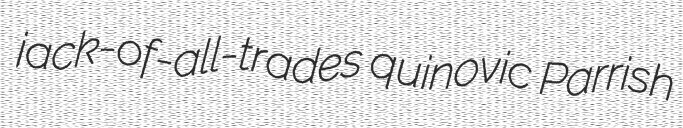
jack-of-all-trades quinovic Parrish